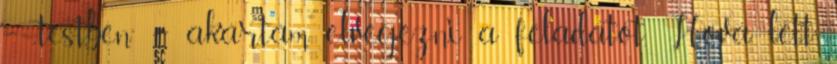
– „testben” – akartam elvégezni a feladatot. Hová lett